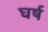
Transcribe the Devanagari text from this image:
घर्ष